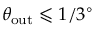
\theta _ { \mathrm { o u t } } \leqslant 1 / 3 ^ { \circ }